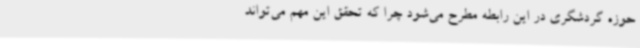
حوزه گردشگری در این رابطه مطرح می‌شود چرا که تحقق این مهم می‌تواند